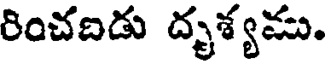
రించదిడు దృశ్యము.